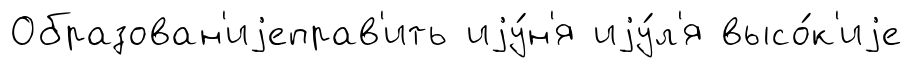
Образован'иjеправ'ить иjу́н'я иjу́л'я высо́к'иjе